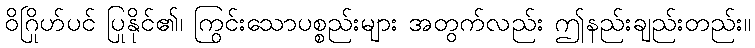
ဝိဂြိုဟ်ပင် ပြုနိုင်၏၊ ကြွင်းသောပစ္စည်းများ အတွက်လည်း ဤနည်းချည်းတည်း။